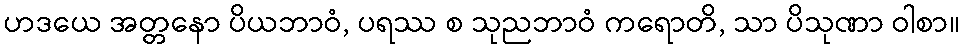
ဟဒယေ အတ္တနော ပိယဘာဝံ, ပရဿ စ သုညဘာဝံ ကရောတိ, သာ ပိသုဏာ ဝါစာ။